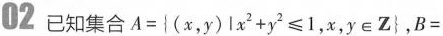
02 已知集合$$A = { ( x , y ) | x ^ { 2 } + y ^ { 2 } ≤ 1 , x , y \in Z }$$,$$B =